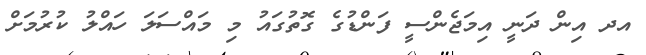
އދ އިން ދަނީ އިމަޖެންސީ ފަންޑުގެ ގޮތުގައު މި މައްސަލަ ހައްލު ކުރުމަށް